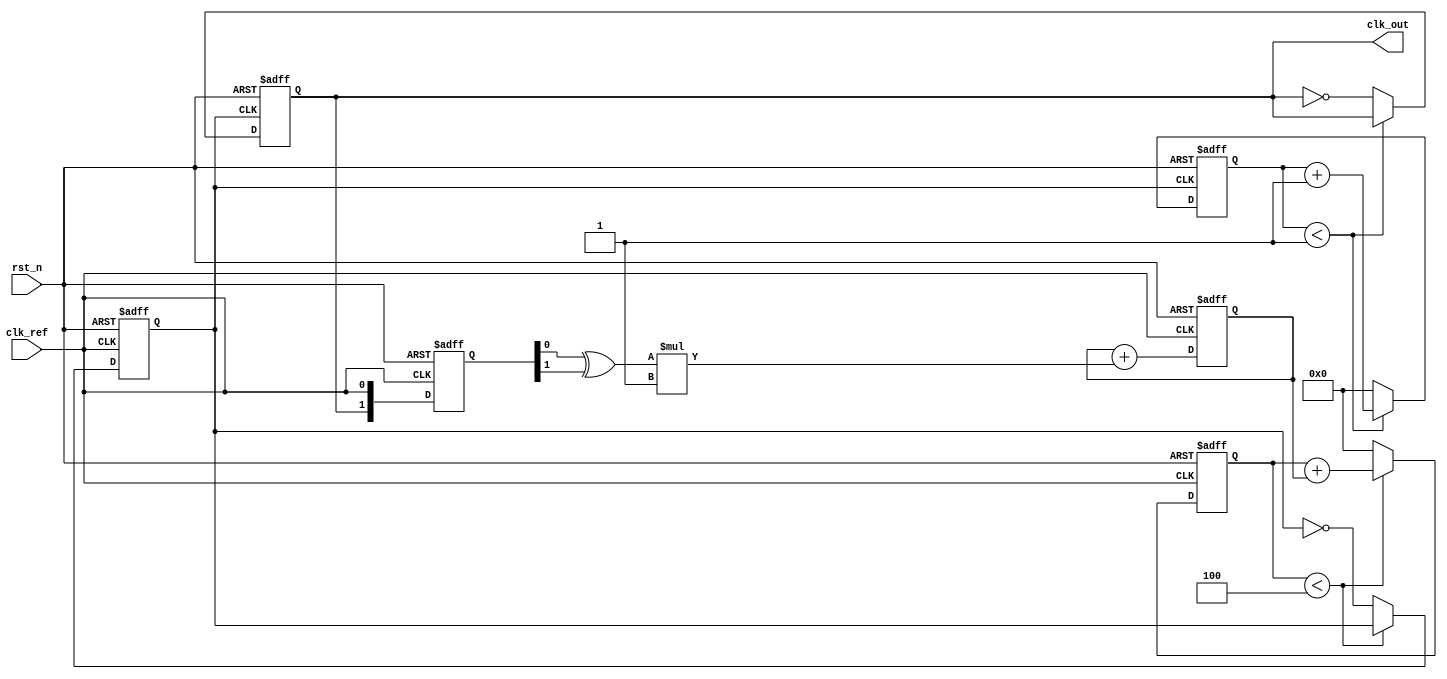
module parameterized_PLL #(
    parameter F_REF = 50_000_000,  // Reference frequency in Hz
    parameter F_OUT = 100_000_000,  // Desired output frequency in Hz
    parameter N = F_OUT / F_REF,     // Division ratio
    parameter LOOP_FILTER_GAIN = 1,  // Gain for loop filter
    parameter VCO_MAX_FREQ = 200_000_000 // Maximum VCO frequency
)(
    input wire clk_ref,              // Reference clock input
    input wire rst_n,                // Active low reset
    output reg clk_out               // Output clock
);

    // Phase Detector (PD)
    reg [1:0] phase_detector; // 2-bit phase detector output
    wire phase_error;         // Phase error signal

    always @(posedge clk_ref or negedge rst_n) begin
        if (!rst_n) begin
            phase_detector <= 2'b00;
        end else begin
            // Simple XOR phase detector
            phase_detector <= {clk_out, clk_ref};
        end
    end

    assign phase_error = phase_detector[0] ^ phase_detector[1];

    // Loop Filter (LF)
    reg [15:0] loop_filter; // 16-bit loop filter output
    always @(posedge clk_ref or negedge rst_n) begin
        if (!rst_n) begin
            loop_filter <= 16'b0;
        end else begin
            // Simple proportional loop filter
            loop_filter <= loop_filter + (phase_error * LOOP_FILTER_GAIN);
        end
    end

    // Voltage-Controlled Oscillator (VCO)
    reg [31:0] vco_count; // Counter for VCO frequency
    reg vco_clk;         // VCO clock output

    always @(posedge clk_ref or negedge rst_n) begin
        if (!rst_n) begin
            vco_count <= 32'b0;
            vco_clk <= 1'b0;
        end else begin
            // Simple VCO implementation
            if (vco_count < (VCO_MAX_FREQ / F_REF)) begin
                vco_count <= vco_count + loop_filter[15:0]; // Control frequency
            end else begin
                vco_count <= 32'b0;
                vco_clk <= ~vco_clk; // Toggle VCO clock
            end
        end
    end

    // Divider
    reg [31:0] divider_count; // Counter for divider
    always @(posedge vco_clk or negedge rst_n) begin
        if (!rst_n) begin
            divider_count <= 32'b0;
            clk_out <= 1'b0;
        end else begin
            if (divider_count < (N - 1)) begin
                divider_count <= divider_count + 1;
            end else begin
                divider_count <= 32'b0;
                clk_out <= ~clk_out; // Toggle output clock
            end
        end
    end

endmodule